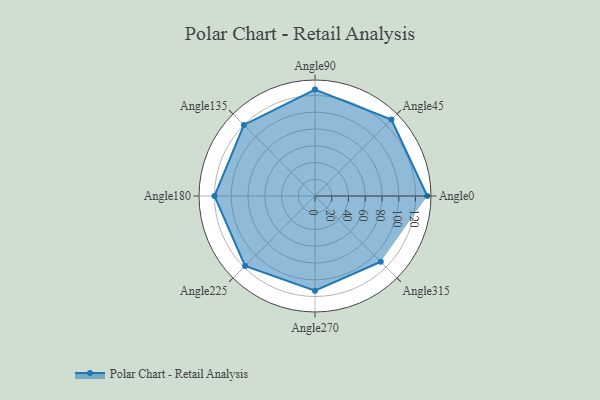
{"axis": {"x": "Angle", "y": "Radius"}, "legend": [""], "data": [{"x": "Angle0", "y": 134.0, "type": ""}, {"x": "Angle45", "y": 129.0, "type": ""}, {"x": "Angle90", "y": 127.0, "type": ""}, {"x": "Angle135", "y": 120.0, "type": ""}, {"x": "Angle180", "y": 120.0, "type": ""}, {"x": "Angle225", "y": 118.0, "type": ""}, {"x": "Angle270", "y": 113.0, "type": ""}, {"x": "Angle315", "y": 111.0, "type": ""}]}